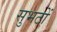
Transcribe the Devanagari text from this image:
सुभटों